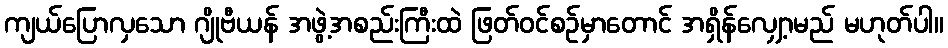
ကျယ်ပြောလှသော ဂျိုဗီယန် အဖွဲ့အစည်းကြီးထဲ ဖြတ်ဝင်စဉ်မှာတောင် အရှိန်လျှော့မည် မဟုတ်ပါ။